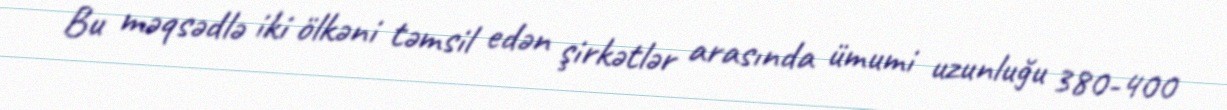
Bu məqsədlə iki ölkəni təmsil edən şirkətlər arasında ümumi uzunluğu 380-400